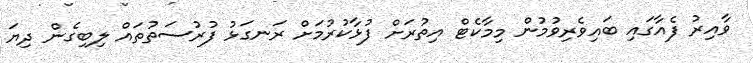
ވާއިރު ފެއާގައި ބައިވެރިވުމުން މިމާކެޓް އިތުރަށް ފުޅާކުރުމަށް ރަނގަޅު ފުރުސަތުތައް ލިބިގެން ދިޔަ